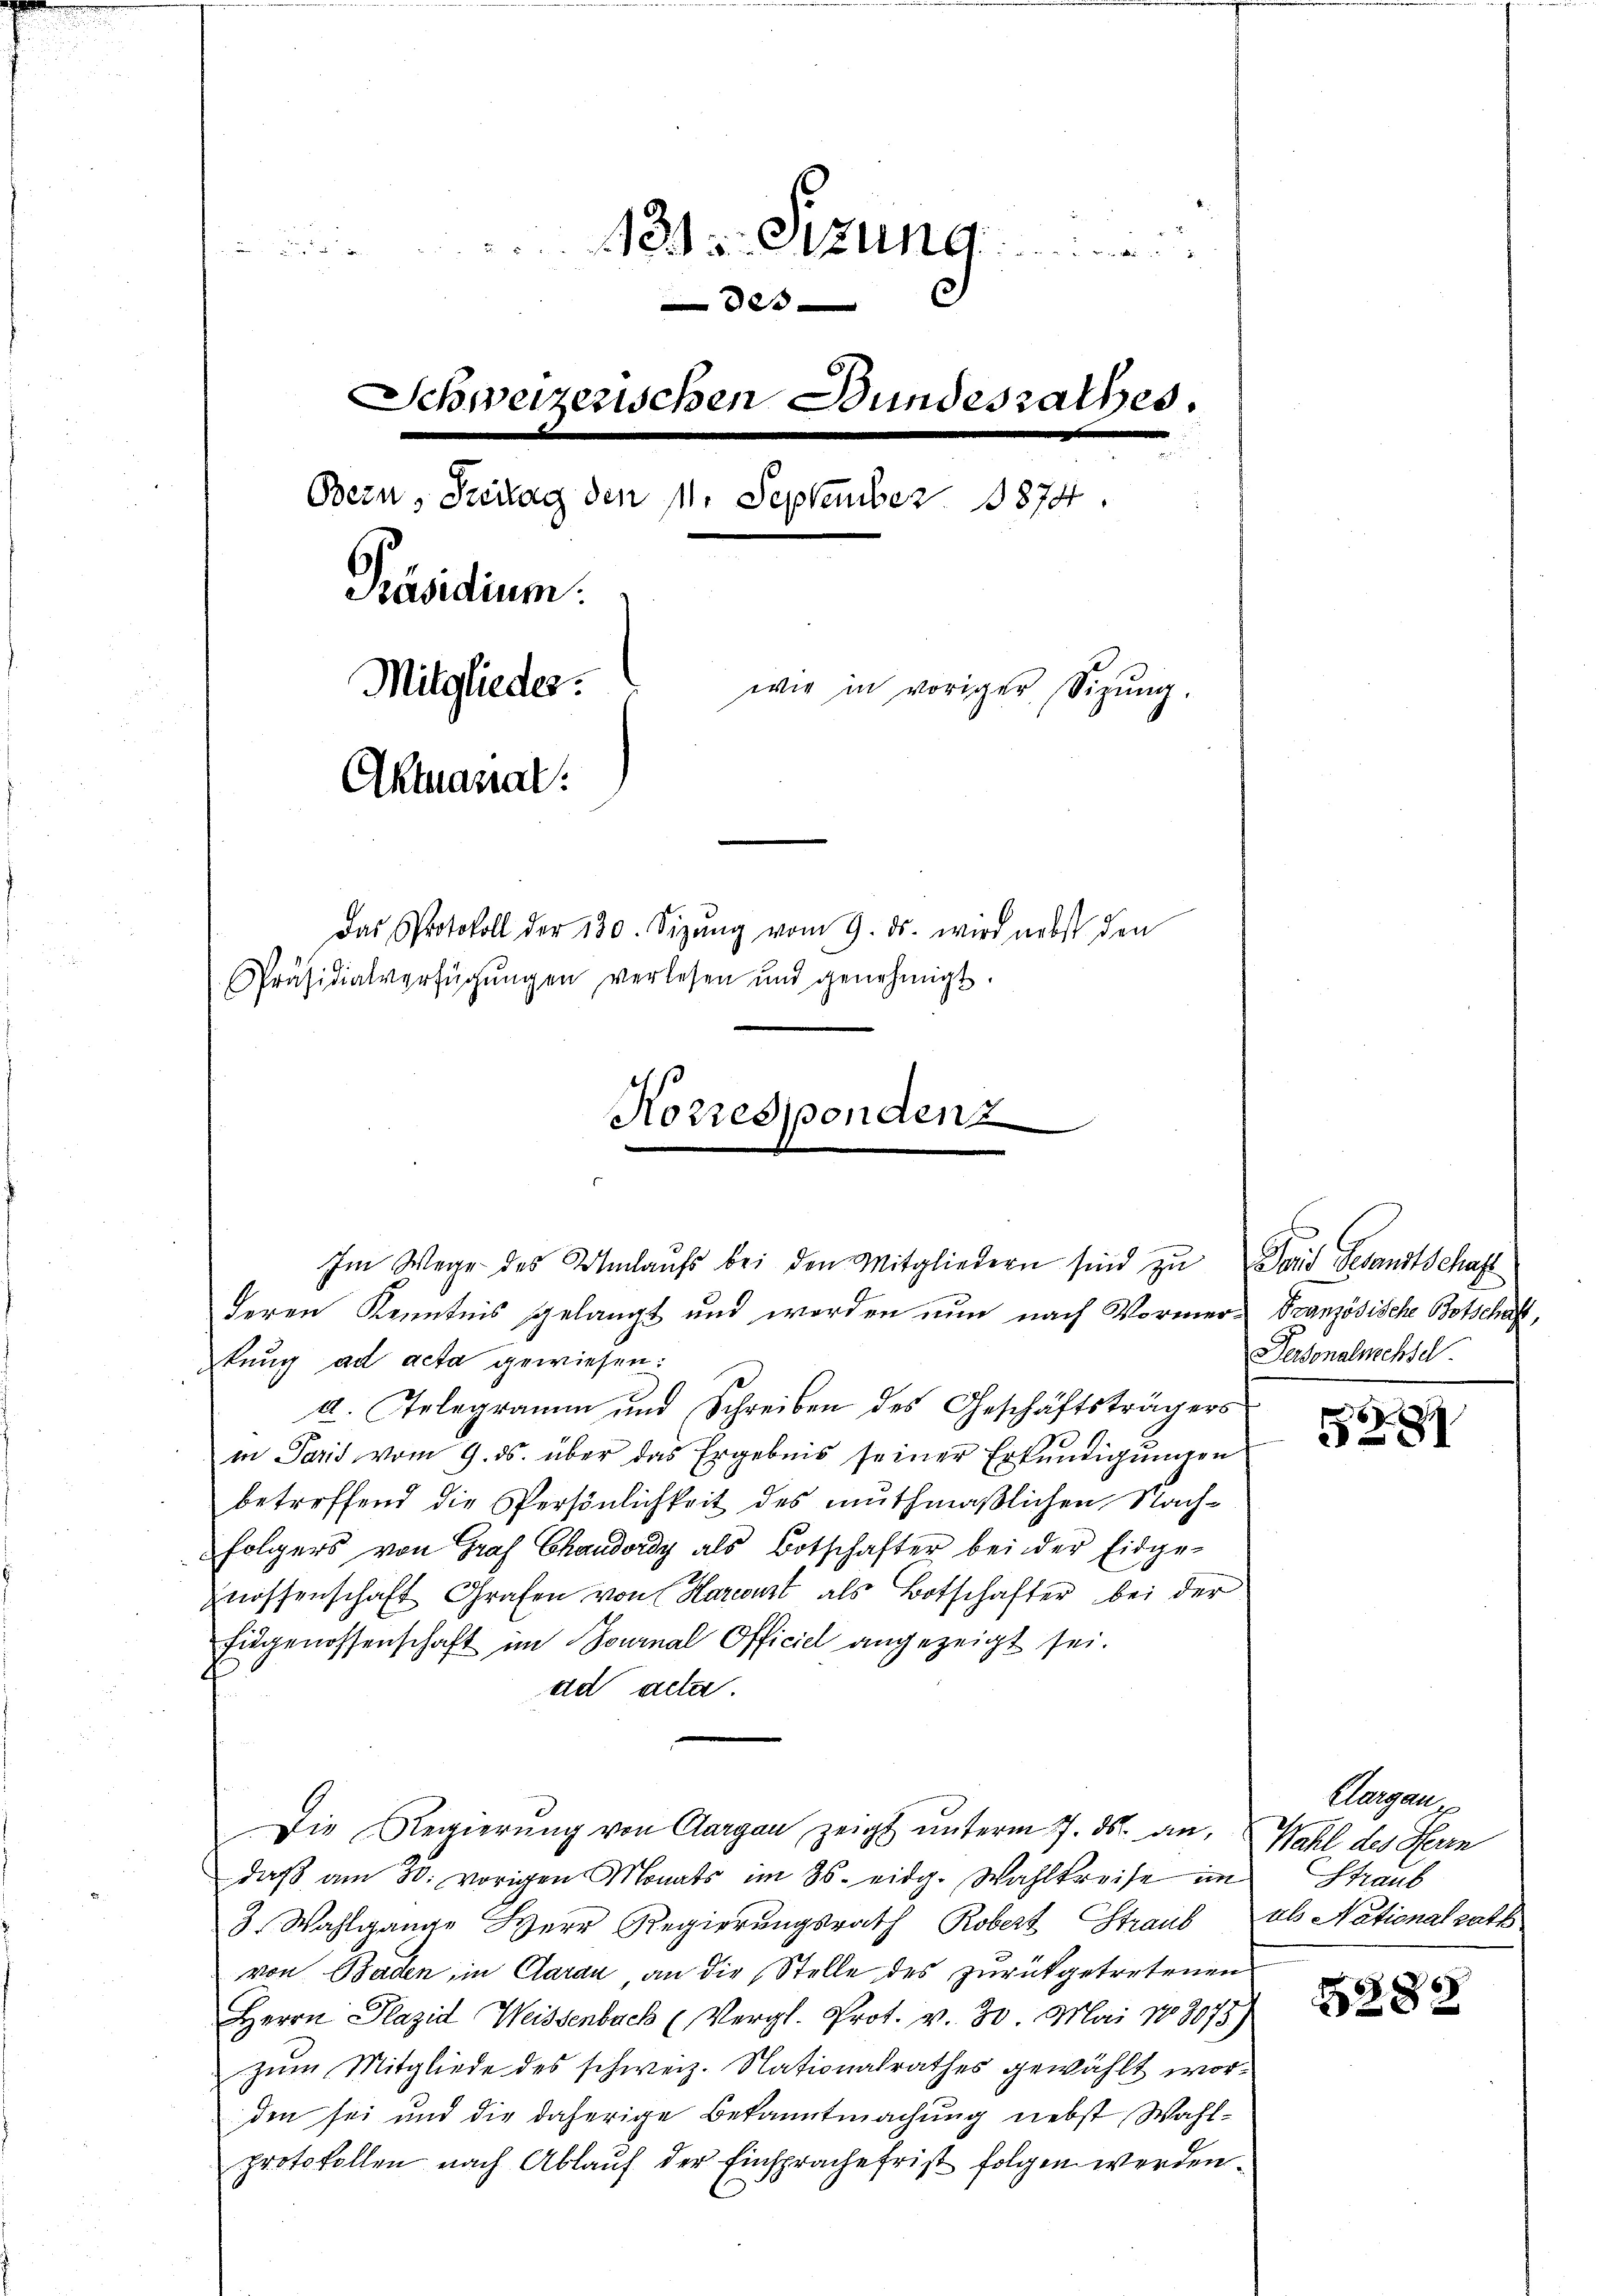
433. Sitzung
8200
Schweizerischen Bundesrathes.
Bern, Freitag den 11. September 1874.
Präsidium.
Mitglieder.
wie in voriger Sizung.
Akanal:
Das Protokoll der 130. Sizŭng vom 9. ds. wird nebst den
Präsidialverfügŭngen verlesen und genehmigt.

Korresponden
Im Wege des Umlaufs bei den Mitgliedern sind zu Paris Gesandtschaft
deren Kenntnis gelangt und worden nun nach Vormer¬

tung ad acta gewiesen:
4. Telegramm und Schreiben des Geschäftsträgers
in Paris vom 9. ds. über das Ergebnis seiner Erkundigungen
betreffend die Persönlichkeit des muthmaßlichen Nach-
folgers von Graf Chandordy als Botschafter bei der Eidge-
nossenschaft Grafen von Harconst als Botschafter bei der
Eidgenossenschaft im Journal Officiel angezeigt sei.
ad acta.
Die Regierŭng von Aargau zeigt ŭnterm 7. ds. an, Wahl des Herrn
daß am 30. vorigen Monats im 35. eidg. Wahlkreise im
3. Wahlgange Herr Regierŭngsrath Robert Straub ab Nationalrats
von Baden, in Claran, an die Stelle des zurückgetretenen
Herrn Plazid Weissenbach (Vergl. Prot. v. 30. Mai 183075)
zum Mitgliede des schweiz. Nationalrathes gewählt worden sei und die daherige Bekanntmachung nebst Wahlprotokollen nach Ablauf der Einsprache frist folgen werden.

Französische Botschaft,
Personalmchsel

6

.

Aargau,
Straub

5282